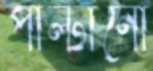
পাল্টানো